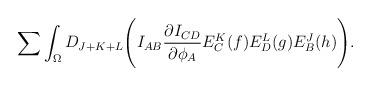
LaTeX: \begin{align*}\sum\int_{\Omega}D_{J+K+L}\Biggl( I_{AB}{{\partial I_{CD}} \over {\partial \phi_A}}E^K_C(f)E^L_D(g)E^J_B(h)\Biggr) .\end{align*}